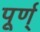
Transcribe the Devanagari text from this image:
पूर्ण्